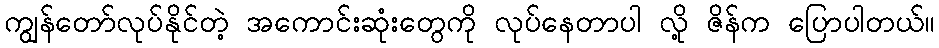
ကျွန်တော်လုပ်နိုင်တဲ့ အကောင်းဆုံးတွေကို လုပ်နေတာပါ လို့ ဇိန်က ပြောပါတယ်။